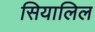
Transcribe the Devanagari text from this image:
सियालिल